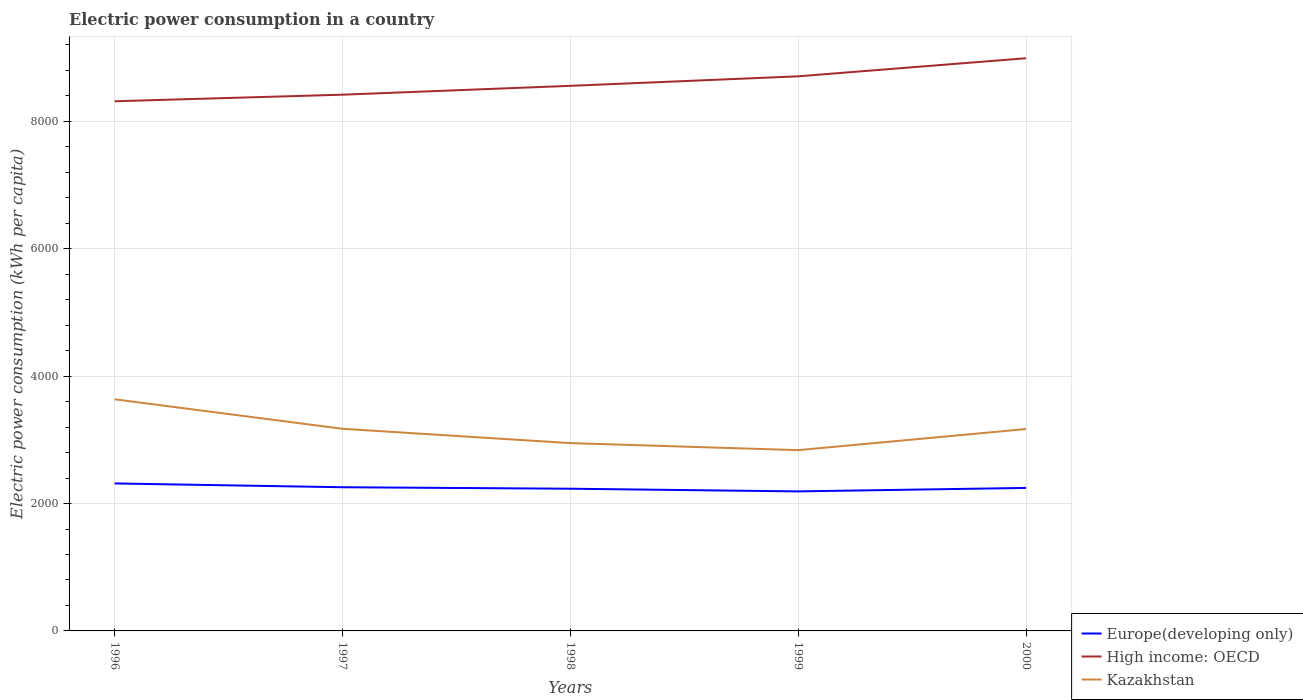
| Years | Europe(developing only) | High income: OECD | Kazakhstan |
 | --- | --- | --- | --- |
 | 1996 | 2.32e+03 | 8.32e+03 | 3.64e+03 |
 | 1997 | 2.26e+03 | 8.42e+03 | 3.17e+03 |
 | 1998 | 2.23e+03 | 8.56e+03 | 2.95e+03 |
 | 1999 | 2.19e+03 | 8.71e+03 | 2.84e+03 |
 | 2000 | 2.25e+03 | 8.99e+03 | 3.17e+03 |